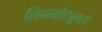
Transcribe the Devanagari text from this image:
लिगनोट्यूबर्स